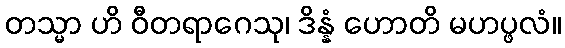
တသ္မာ ဟိ ဝီတရာဂေသု၊ ဒိန္နံ ဟောတိ မဟပ္ဖလံ။